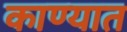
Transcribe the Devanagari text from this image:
काण्यात